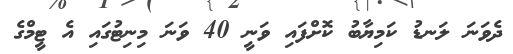
ދެވަނަ ލަނޑު ކަމިޔާބު ކޮށްފައި ވަނީ 40 ވަނަ މިނިޓުގައި އެ ޓީމްގެ